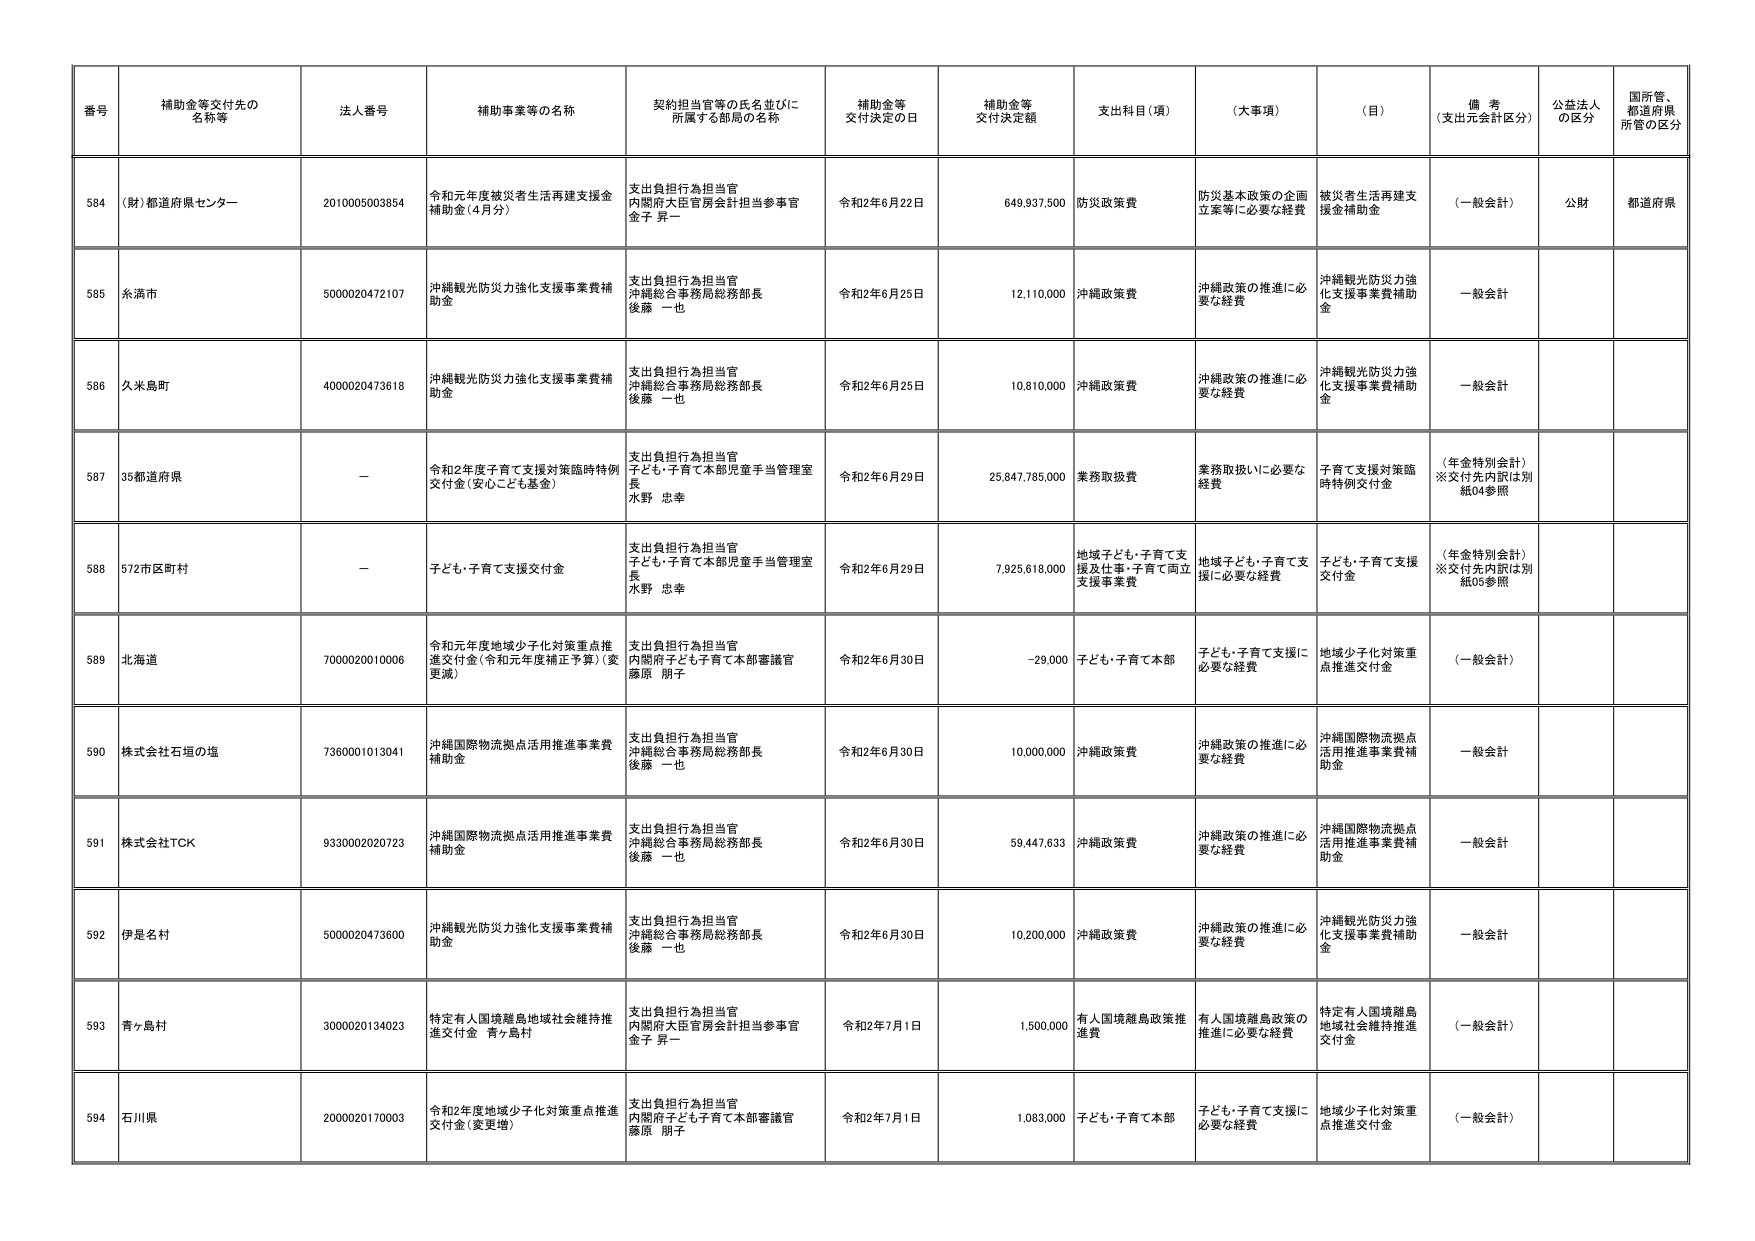
番号 補助金等交付先の名称等 法人番号 補助事業等の名称 契約担当官等の氏名並びに所属する部局の名称 補助金等交付決定の日 補助金等交付決定額 支出科目（項） （大事項） （目） 備考（支出元会計区分） 公益法人の区分 国所管、都道府県所管の区分

584 （財）都道府県センター 2010005003854 令和元年度被災者生活再建支援金補助金（4月分） 支出負担行為担当官 内閣府大臣官房会計担当参事官 金子 昇一 令和2年6月22日 649,937,500 防災政策費 防災基本政策の企画立案等に必要な経費 被災者生活再建支援金補助金 （一般会計） 公財 都道府県

585 糸満市 5000020472107 沖縄観光防災力強化支援事業費補助金 支出負担行為担当官 沖縄総合事務局総務部長 後藤 一也 令和2年6月25日 12,110,000 沖縄政策費 沖縄政策の推進に必要な経費 沖縄観光防災力強化支援事業費補助金 一般会計

586 久米島町 4000020473618 沖縄観光防災力強化支援事業費補助金 支出負担行為担当官 沖縄総合事務局総務部長 後藤 一也 令和2年6月25日 10,810,000 沖縄政策費 沖縄政策の推進に必要な経費 沖縄観光防災力強化支援事業費補助金 一般会計

587 35都道府県 － 令和2年度子育て支援対策臨時特例交付金（安心こども基金） 支出負担行為担当官 子ども・子育て本部児童手当管理室長 水野 忠幸 令和2年6月29日 25,647,785,000 業務取扱費 業務取扱いに必要な経費 子育て支援対策臨時特例交付金 （年金特別会計）※交付先内訳は別紙04参照

588 572市区町村 － 子ども・子育て支援交付金 支出負担行為担当官 子ども・子育て本部児童手当管理室長 水野 忠幸 令和2年6月29日 7,925,618,000 地域子ども・子育て支援及び仕事・子育て両立支援事業費 地域子ども・子育て支援に必要な経費 子ども・子育て支援交付金 （年金特別会計）※交付先内訳は別紙05参照

589 北海道 7000020010006 令和元年度地域少子化対策重点推進交付金（令和元年度補正予算）（変更減） 支出負担行為担当官 内閣府子ども子育て本部審議官 藤原 朋子 令和2年6月30日 -29,000 子ども・子育て本部 子ども・子育て支援に必要な経費 地域少子化対策重点推進交付金 （一般会計）

590 株式会社石垣の塩 7360001013041 沖縄国際物流拠点活用推進事業費補助金 支出負担行為担当官 沖縄総合事務局総務部長 後藤 一也 令和2年6月30日 10,000,000 沖縄政策費 沖縄政策の推進に必要な経費 沖縄国際物流拠点活用推進事業費補助金 一般会計

591 株式会社TCK 9330002020723 沖縄国際物流拠点活用推進事業費補助金 支出負担行為担当官 沖縄総合事務局総務部長 後藤 一也 令和2年6月30日 59,447,633 沖縄政策費 沖縄政策の推進に必要な経費 沖縄国際物流拠点活用推進事業費補助金 一般会計

592 伊是名村 5000020473600 沖縄観光防災力強化支援事業費補助金 支出負担行為担当官 沖縄総合事務局総務部長 後藤 一也 令和2年6月30日 10,200,000 沖縄政策費 沖縄政策の推進に必要な経費 沖縄観光防災力強化支援事業費補助金 一般会計

593 青ヶ島村 3000020134023 特定有人国境離島地域社会維持推進交付金 青ヶ島村 支出負担行為担当官 内閣府大臣官房会計担当参事官 金子 昇一 令和2年7月1日 1,500,000 有人国境離島政策推進費 有人国境離島政策の推進に必要な経費 特定有人国境離島地域社会維持推進交付金 （一般会計）

594 石川県 2000020170003 令和2年度地域少子化対策重点推進交付金（変更増） 支出負担行為担当官 内閣府子ども子育て本部審議官 藤原 朋子 令和2年7月1日 1,083,000 子ども・子育て本部 子ども・子育て支援に必要な経費 地域少子化対策重点推進交付金 （一般会計）